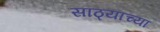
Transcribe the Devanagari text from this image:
साठ्याच्या